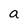
Character: a